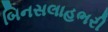
બિનસલાહભરી